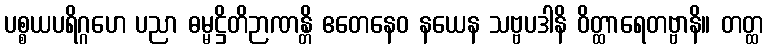
ပစ္စယပရိဂ္ဂဟေ ပညာ ဓမ္မဋ္ဌိတိဉာဏန္တိ ဧတေနေဝ နယေန သဗ္ဗပဒါနိ ဝိတ္ထာရေတဗ္ဗာနိ။ တတ္ထ